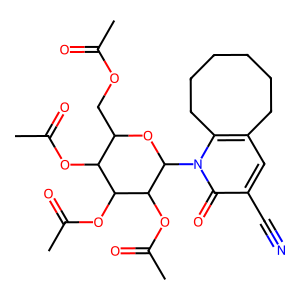
SMILES: CC(=O)OCC1OC(n2c3c(cc(C#N)c2=O)CCCCCC3)C(OC(C)=O)C(OC(C)=O)C1OC(C)=O
Inhibits HIV replication: No